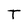
Character: T